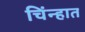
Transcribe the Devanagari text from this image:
चिंन्हात